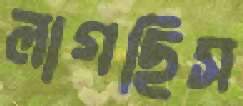
লাগছিস